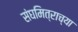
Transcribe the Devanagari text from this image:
संघमित्राच्या